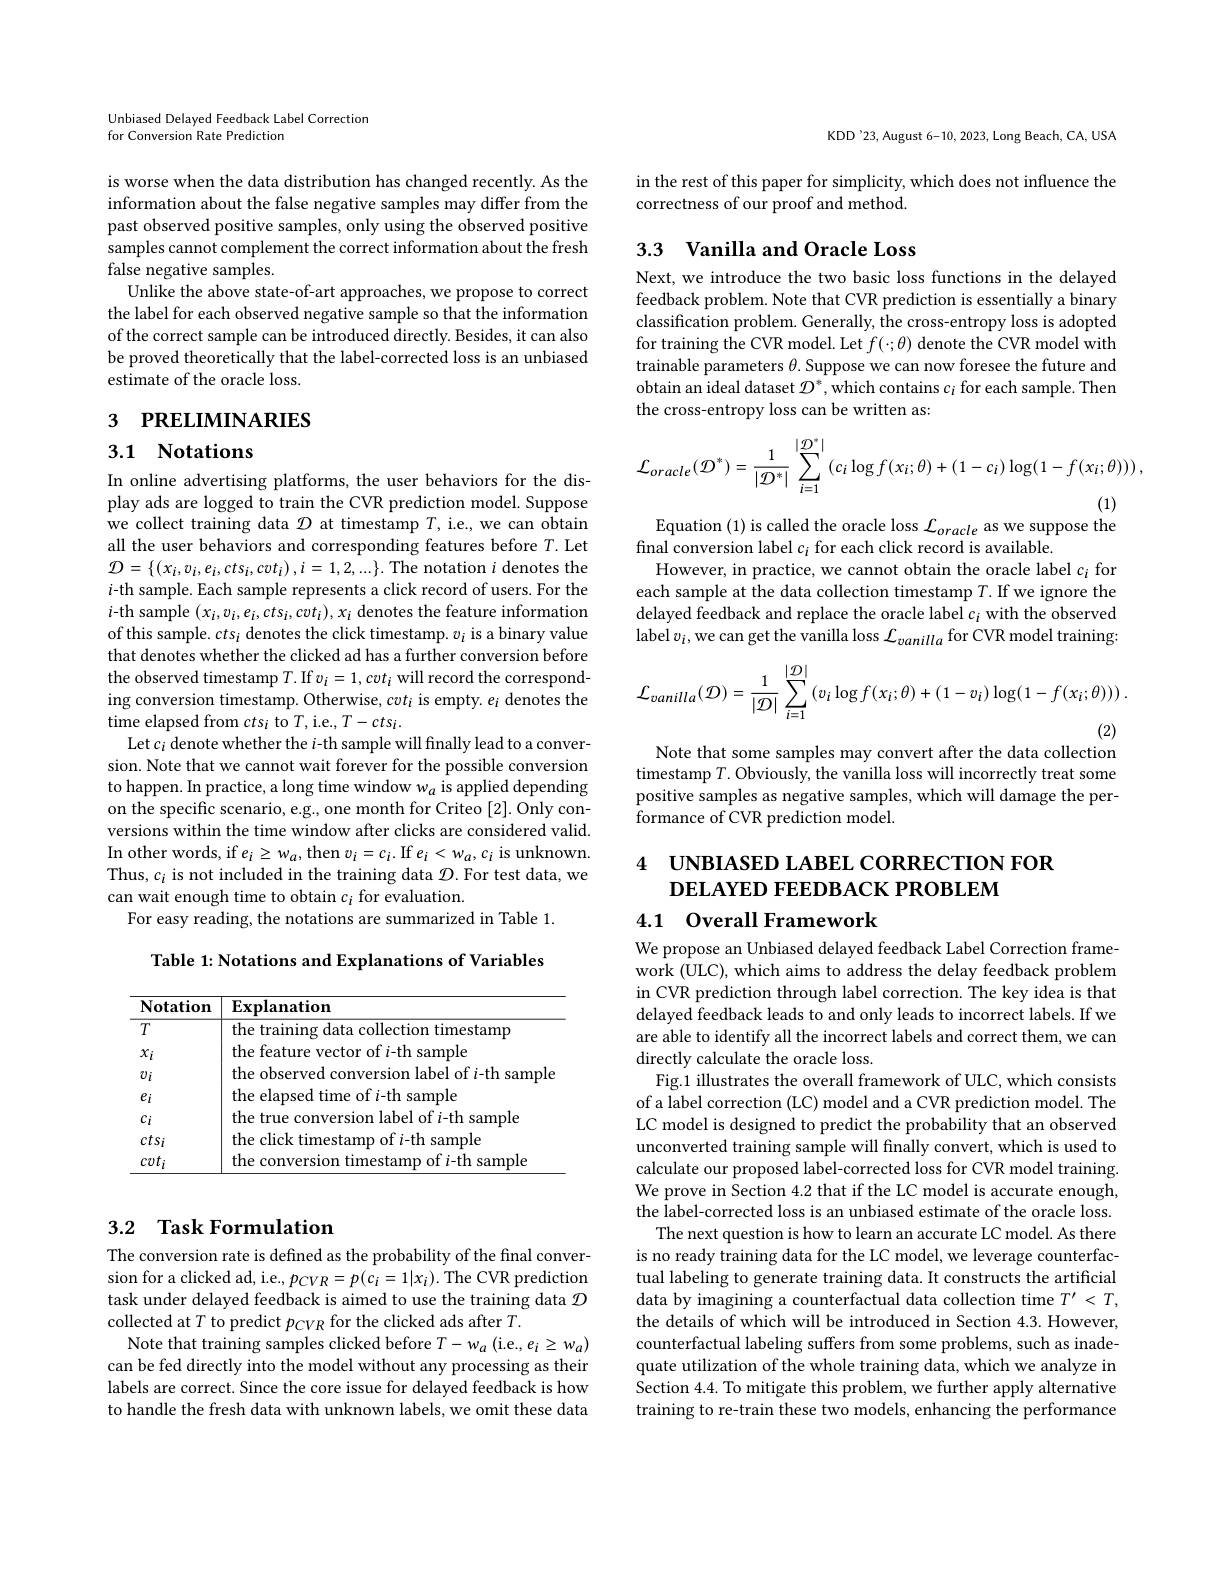
Unbiased Delayed Feedback Label Correction
for Conversion Rate Prediction

is worse when the data distribution has changed recently. As the information about the false negative samples may differ from the past observed positive samples, only using the observed positive samples cannot complement the correct information about the fresh false negative samples.
Unlike the above state-of-art approaches, we propose to correct the label for each observed negative sample so that the information of the correct sample can be introduced directly. Besides, it can also be proved theoretically that the label-corrected loss is an unbiased estimate of the oracle loss.

# 3 РRELIМINARIES

## 3.1 Notations

In online advertising platforms, the user behaviors for the display ads are logged to train the CVR prediction model. Suppose we collect training data $\mathcal{D}$ at timestamp $T$, i.e., we can obtain all the user behaviors and corresponding features before $T.$ Let $\mathcal{D}=\left\{\left(x_{i},v_{i},e_{i},cts_{i},cvt_{i}\right),i=1,2,...\right\}.$The notation $i$ denotes the $i$-th sample. Each sample represents a click record of users. For the $i$-th sample $(x_i,v_i,e_i,cts_i,cvt_i),x_i$ denotes the feature information of this sample. cts $_i$ denotes the click timestamp. $v_i$ is a binary value that denotes whether the clicked ad has a further conversion before the observed timestamp $T.$ If $v_i=1,cvt_i$ will record the corresponding conversion timestamp. Otherwise, $cvt_i$ is empty. $e_i$ denotes the time elapsed from $cts_i$ to $T$,i.e., $T-cts_i.$
Let $c_i$ denote whether the i-th sample will finally lead to a conversion. Note that we cannot wait forever for the possible conversion to happen. In practice, a long time window $w_a$ is applied depending on the specific scenario, e.g., one month for Criteo [2]. Only conversions within the time window after clicks are considered valid. In other words, if $e_i\geq w_a$, then $v_i=c_i.$ If $e_i<w_a,c_i$ is unknown. Thus, $c_i$ is not included in the training data $\mathcal{D}.$ For test data, we can wait enough time to obtain $c_i$ for evaluation.
For easy reading, the notations are summarized in Table 1.

Table 1: Notations and Explanations of Variables

<table>
	<tbody>
		<tr>
			<th>Notation</th>
			<th>$\mathbf{Explanation}$</th>
		</tr>
		<tr>
			<td>$T$</td>
			<td>the training data collection timestamp</td>
		</tr>
		<tr>
			<td>$x_{i}$</td>
			<td>the feature vector of $i$-th sample</td>
		</tr>
		<tr>
			<td>$v_i$</td>
			<td>the observed conversion label of $i$-th samplo</td>
		</tr>
		<tr>
			<td>$e_i$</td>
			<td>the elapsed time of $i$-th sample</td>
		</tr>
		<tr>
			<td>$c_i$</td>
			<td>the true conversion label of $i$-th sample</td>
		</tr>
		<tr>
			<td>$cts_i$</td>
			<td>the click timestamp of $i$-th sample</td>
		</tr>
		<tr>
			<td>$cvt_i$</td>
			<td>the conversion timestamp of $i$-th sample</td>
		</tr>
	</tbody>
</table>

## 3.2 Task Formulation

The conversion rate is defined as the probability of the final conversion for a clicked ad, i.e., $p_CVR=p(c_i=1|x_i).$ The CVR prediction task under delayed feedback is aimed to use the training data $\mathcal{D}$ collected at $T$ to predict $p_{CVR}$ for the clicked ads after $T.$
Note that training samples clicked before $T- w_a$ ( i. e. , $e_i\geq w_a$) can be fed directly into the model without any processing as their labels are correct. Since the core issue for delayed feedback is how to handle the fresh data with unknown labels, we omit these data

KDD'23, August 6-10, 2023, Long Beach, CA, USA

in the rest of this paper for simplicity, which does not influence the
correctness of our proof and method.

## 3.3 Vanilla and Oracle Loss

Next, we introduce the two basic loss functions in the delayed feedback problem. Note that CVR prediction is essentially a binary classification problem. Generally, the cross-entropy loss is adopted for training the CVR model. Let $f(\cdot;\theta)$ denote the CVR model with trainable parameters $\theta$. Suppose we can now foresee the future and obtain an ideal dataset $\mathcal{D}^*$,which contains $c_i$ for each sample. Then the cross-entropy loss can be written as:
$$\mathcal{L}_{oracle}(\mathcal{D}^{*})=\frac{1}{|\mathcal{D}^{*}|}\sum_{i=1}^{|\mathcal{D}^{*}|}\left(c_{i}\log f(x_{i};\theta)+(1-c_{i})\log(1-f(x_{i};\theta))\right),$$
Equation (1) is called the oracle loss $\mathcal{L}_oracle$ as we suppose the

final conversion label $c_i$ for each click record is available.
However, in practice, we cannot obtain the oracle label $c_i$ for each sample at the data collection timestamp $T.$ If we ignore the delayed feedback and replace the oracle label $c_i$ with the observed label$v_i$,we can get the vanilla loss $\mathcal{L}_vanilla$ for CVR model training:
$$\mathcal{L}_{vanilla}(\mathcal{D})=\frac{1}{|\mathcal{D}|}\sum_{i=1}^{|\mathcal{D}|}\left(v_{i}\log f(x_{i};\theta)+(1-v_{i})\log(1-f(x_{i};\theta))\right).$$
(2)

Note that some samples may convert after the data collection

timestamp $T.$ Obviously, the vanilla loss will incorrectly treat some positive samples as negative samples, which will damage the performance of CVR prediction model.

4 UNBIASED LABEL CORRECTION FOR
DELAYED FEEDBACK PROBLEM

4.1 Overall Framework

We propose an Unbiased delayed feedback Label Correction framework (ULC), which aims to address the delay feedback problem in CVR prediction through label correction. The key idea is that delayed feedback leads to and only leads to incorrect labels. If we are able to identify all the incorrect labels and correct them, we can directly calculate the oracle loss.
Fig.1 illustrates the overall framework of ULC, which consists of a label correction (LC) model and a CVR prediction model. The LC model is designed to predict the probability that an observed unconverted training sample will finally convert, which is used to calculate our proposed label-corrected loss for CVR model training. We prove in Section 4.2 that if the LC model is accurate enough, the label-corrected loss is an unbiased estimate of the oracle loss.
The next question is how to learn an accurate LC model. As there is no ready training data for the LC model, we leverage counterfactual labeling to generate training data. It constructs the artificial data by imagining a counterfactual data collection time $T^{\prime}<T$, the details of which will be introduced in Section 4.3. However, counterfactual labeling suffers from some problems, such as inadequate utilization of the whole training data, which we analyze in Section 4.4. To mitigate this problem, we further apply alternative training to re-train these two models, enhancing the performance